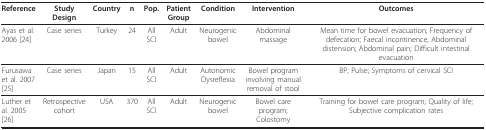
| Reference | Study Design | Country | n | Pop. | Patient Group | Condition | Intervention | Outcomes |
 | --- | --- | --- | --- | --- | --- | --- | --- | --- |
 | Ayas et al. 2006 [24] | Case series | Turkey | 24 | All SCI | Adult | Neurogenic bowel | Abdominal massage | Mean time for bowel evacuation; Frequency of defecation; Faecal incontinence; Abdominal distension; Abdominal pain; Difficult intestinal evacuation |
 | Furusawa et al. 2007 [25] | Case series | Japan | 15 | All SCI | Adult | Autonomic Dysreflexia | Bowel program involving manual removal of stool | BP; Pulse; Symptoms of cervical SCI |
 | Luther et al. 2005 [26] | Retrospective cohort | USA | 370 | All SCI | Adult | Neurogenic bowel | Bowel care program; Colostomy | Training for bowel care program; Quality of life; Subjective complication rates |